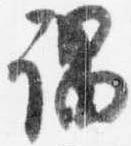
謂